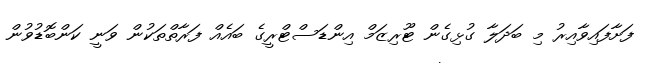
ފަށާފައިވާއިރު މި ބަދަލާ ގުޅިގެން ޓޫރިޒަމް އިންޑަސްޓްރީގެ ބައެއް ފަރާތްތަކުން ވަނީ ކަންބޮޑުވުން